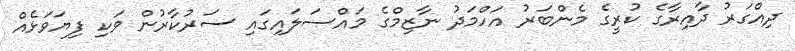
ދިއްގަރު ދާއިރާގެ ކުރީގެ މެންބަރު އަހްމަދު ނާޒިމްގެ މައްސަލައިގައި ސަރުކާރުން ވަކި ފިޔަވަޅެއް